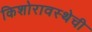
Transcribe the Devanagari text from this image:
किशोरावस्थेची